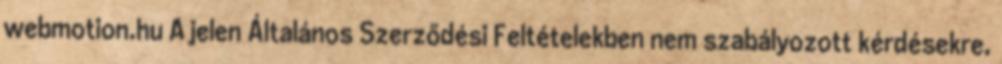
webmotion.hu A jelen Általános Szerződési Feltételekben nem szabályozott kérdésekre,